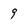
Character: 9